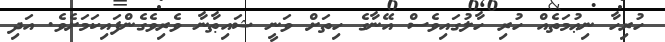
ހުރިހާ ނިޢުމަތެއް ހުރި ހާލުގައިވެސް އޭނާގެ ހިތަށް ވަނީ ޝައިޠާނާ ވެރިވެގެންފައިކަމަށެވެ. އަދި